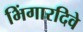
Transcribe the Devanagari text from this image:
भिंगारदिवे